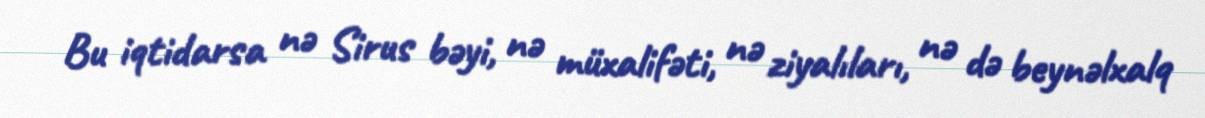
Bu iqtidarsa nə Sirus bəyi, nə müxalifəti, nə ziyalıları, nə də beynəlxalq